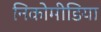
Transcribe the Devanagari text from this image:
निकोमीडिया